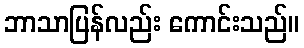
ဘာသာပြန်လည်း ကောင်းသည်။